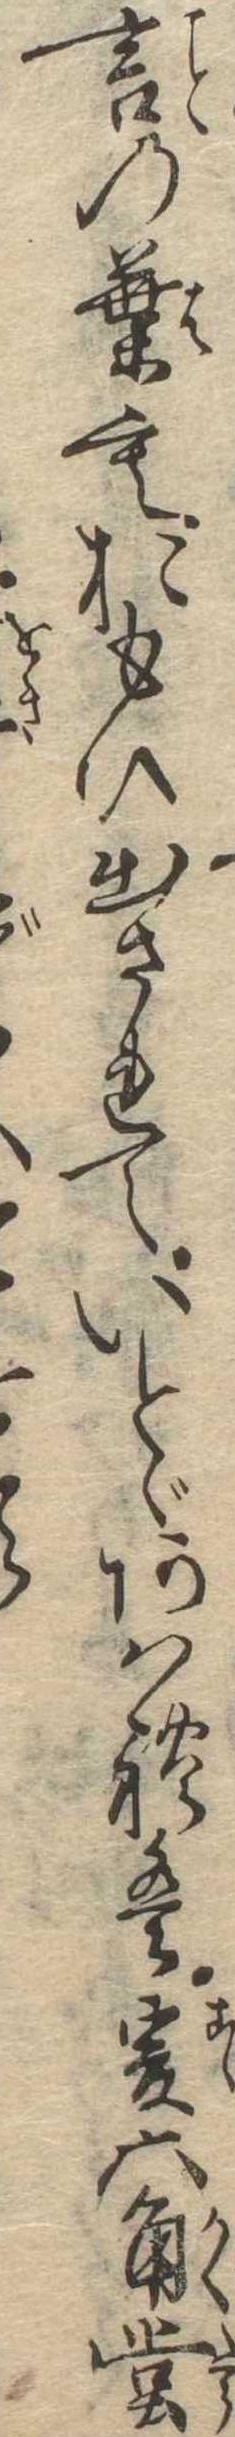
言の葉もおもひ出されていとゞあはれは爰六角堂